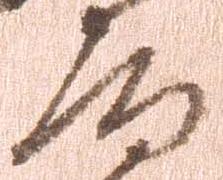
局